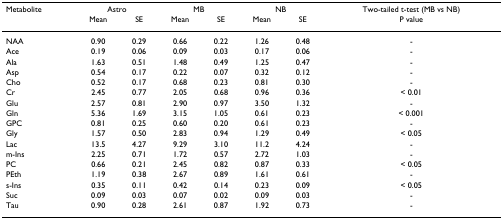
<table><thead><tr><td><b>Metabolite</b></td><td colspan="2"><b>Astro</b></td><td colspan="2"><b>MB</b></td><td colspan="2"><b>NB</b></td><td><b>Two-tailed t-test (MB vs NB)</b></td></tr><tr><td></td><td><b>Mean</b></td><td><b>SE</b></td><td><b>Mean</b></td><td><b>SE</b></td><td><b>Mean</b></td><td><b>SE</b></td><td><b>P value</b></td></tr></thead><tbody><tr><td>NAA</td><td>0.90</td><td>0.29</td><td>0.66</td><td>0.22</td><td>1.26</td><td>0.48</td><td>-</td></tr><tr><td>Ace</td><td>0.19</td><td>0.06</td><td>0.09</td><td>0.03</td><td>0.17</td><td>0.06</td><td>-</td></tr><tr><td>Ala</td><td>1.63</td><td>0.51</td><td>1.48</td><td>0.49</td><td>1.25</td><td>0.47</td><td>-</td></tr><tr><td>Asp</td><td>0.54</td><td>0.17</td><td>0.22</td><td>0.07</td><td>0.32</td><td>0.12</td><td>-</td></tr><tr><td>Cho</td><td>0.52</td><td>0.17</td><td>0.68</td><td>0.23</td><td>0.81</td><td>0.30</td><td>-</td></tr><tr><td>Cr</td><td>2.45</td><td>0.77</td><td>2.05</td><td>0.68</td><td>0.96</td><td>0.36</td><td>&lt; 0.01</td></tr><tr><td>Glu</td><td>2.57</td><td>0.81</td><td>2.90</td><td>0.97</td><td>3.50</td><td>1.32</td><td>-</td></tr><tr><td>Gln</td><td>5.36</td><td>1.69</td><td>3.15</td><td>1.05</td><td>0.61</td><td>0.23</td><td>&lt; 0.001</td></tr><tr><td>GPC</td><td>0.81</td><td>0.25</td><td>0.60</td><td>0.20</td><td>0.61</td><td>0.23</td><td>-</td></tr><tr><td>Gly</td><td>1.57</td><td>0.50</td><td>2.83</td><td>0.94</td><td>1.29</td><td>0.49</td><td>&lt; 0.05</td></tr><tr><td>Lac</td><td>13.5</td><td>4.27</td><td>9.29</td><td>3.10</td><td>11.2</td><td>4.24</td><td>-</td></tr><tr><td>m-Ins</td><td>2.25</td><td>0.71</td><td>1.72</td><td>0.57</td><td>2.72</td><td>1.03</td><td>-</td></tr><tr><td>PC</td><td>0.66</td><td>0.21</td><td>2.45</td><td>0.82</td><td>0.87</td><td>0.33</td><td>&lt; 0.05</td></tr><tr><td>PEth</td><td>1.19</td><td>0.38</td><td>2.67</td><td>0.89</td><td>1.61</td><td>0.61</td><td>-</td></tr><tr><td>s-Ins</td><td>0.35</td><td>0.11</td><td>0.42</td><td>0.14</td><td>0.23</td><td>0.09</td><td>&lt; 0.05</td></tr><tr><td>Suc</td><td>0.09</td><td>0.03</td><td>0.07</td><td>0.02</td><td>0.09</td><td>0.03</td><td>-</td></tr><tr><td>Tau</td><td>0.90</td><td>0.28</td><td>2.61</td><td>0.87</td><td>1.92</td><td>0.73</td><td>-</td></tr></tbody></table>